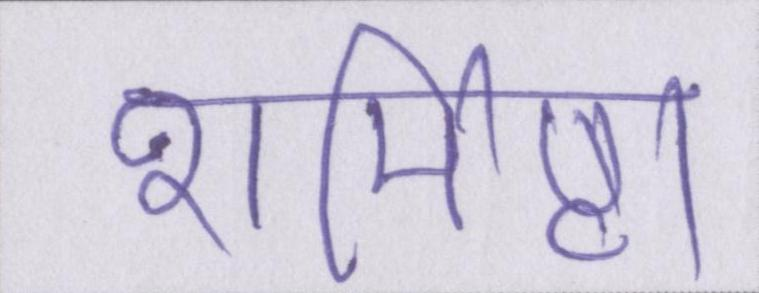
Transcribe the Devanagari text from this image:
शर्मिष्ठा